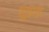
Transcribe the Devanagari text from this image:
शूद्रान्न